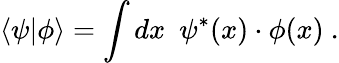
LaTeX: \langle\psi|\phi\rangle=\int dx~~\psi^{*}(x)\cdot\phi(x)~.